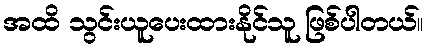
အထိ သွင်းယူပေးထားနိုင်သူ ဖြစ်ပါတယ်။